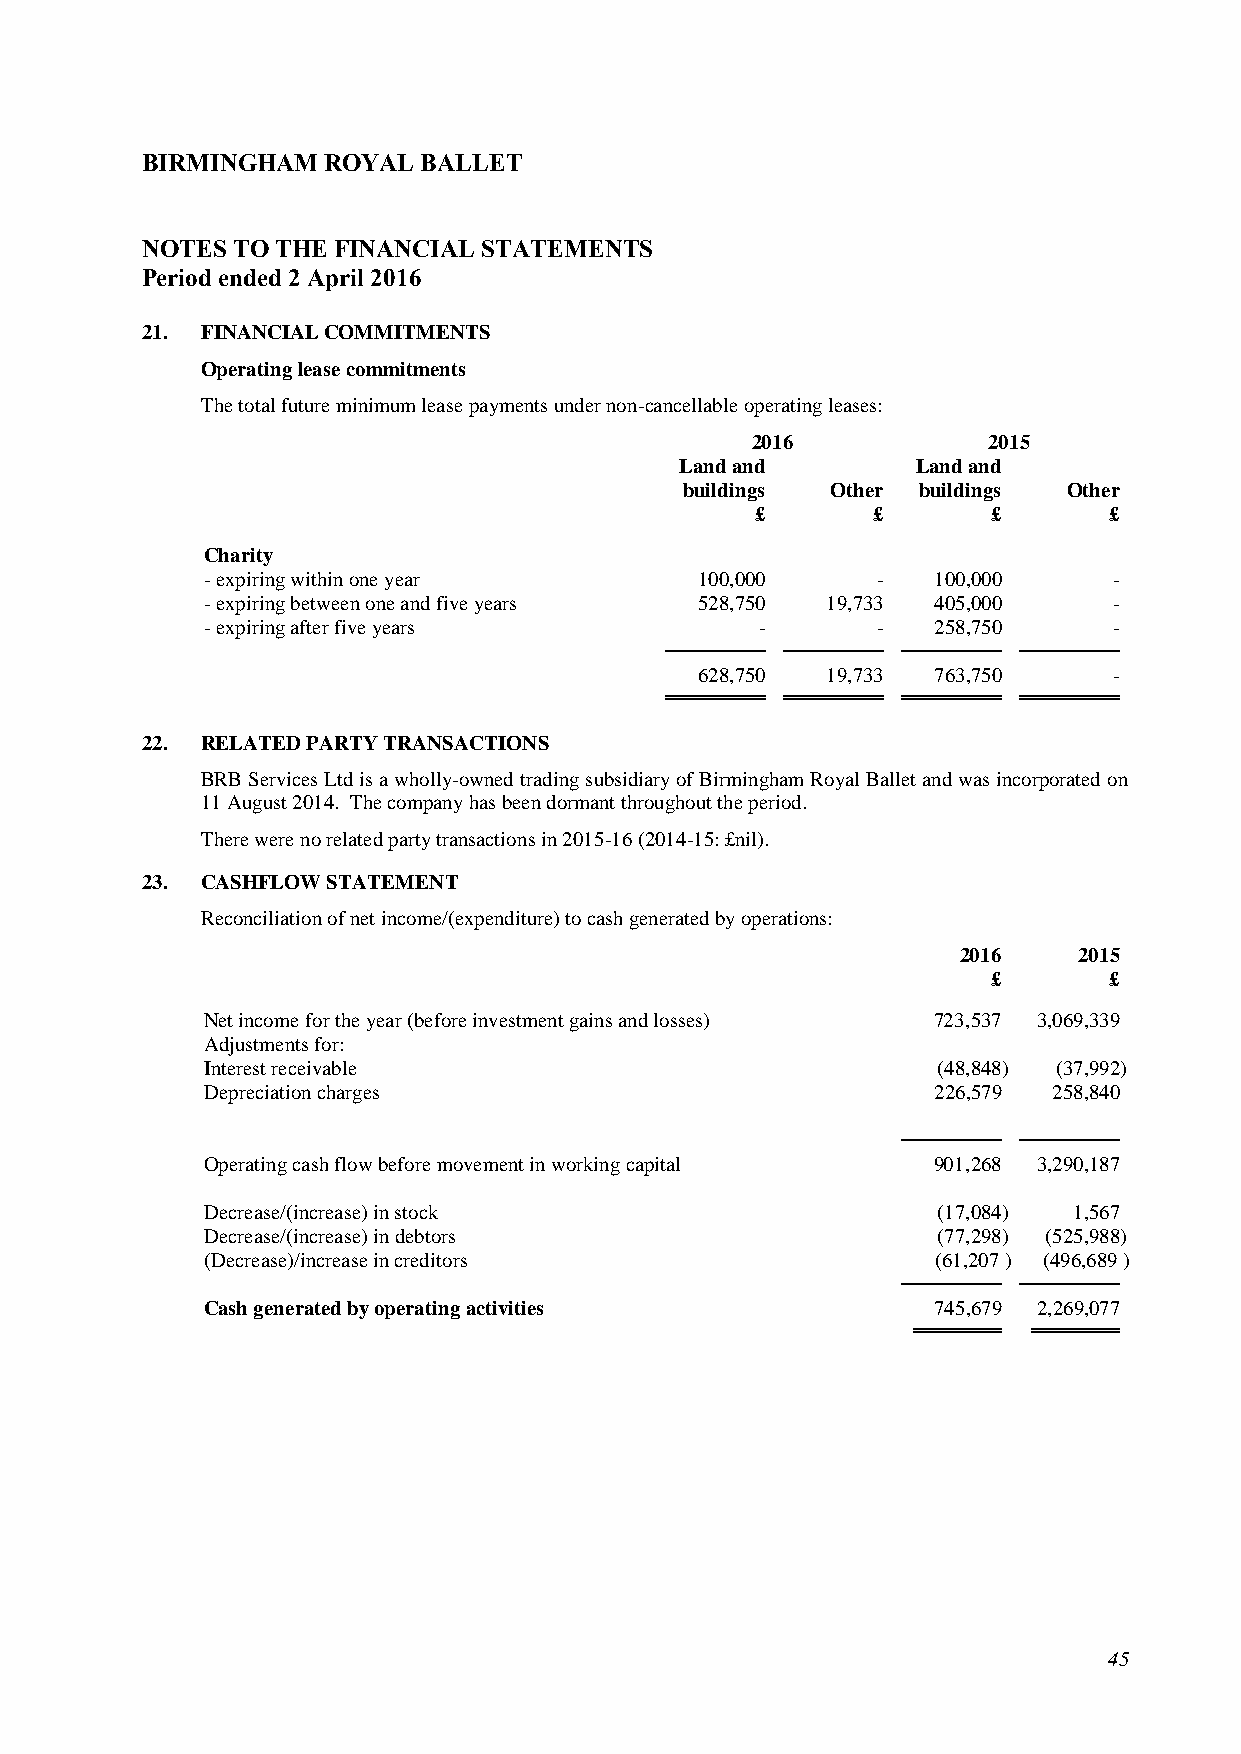
BIRMINGHAM  ROYAL  BALLET
 NOTES TO THE FINANCIAL STATEMENTS
 Period ended 2 April 2016
 21. FINANCIAL COMMITMENTS
 Operating lease commitments
 The total future minimum lease payments under non-cancellable operating leases:
 2016           2015
 Land and        Land and
 buildings Other buildings Other
 £       £       £      £
 Charity
 - expiring within one year       100,000     -   100,000     -
 - expiring between one and five years 528,750 19,733 405,000 -
 - expiring after five years          -       -   258,750     -
 628,750  19,733 763,750     -
 22. RELATED PARTY TRANSACTIONS
 BRB Services Ltd is a wholly-owned trading subsidiary of Birmingham Royal Ballet and was incorporated on
 11 August 2014. The company has been dormant throughout the period.
 There were no related party transactions in 2015-16 (2014-15: £nil).
 23. CASHFLOW STATEMENT
 Reconciliation of net income/(expenditure) to cash generated by operations:
 2016   2015
 £      £
 Net income for the year (before investment gains and losses) 723,537 3,069,339
 Adjustments for:
 Interest receivable                              (48,848) (37,992)
 Depreciation charges                             226,579 258,840
 Operating cash flow before movement in working capital 901,268 3,290,187
 Decrease/(increase) in stock                     (17,084) 1,567
 Decrease/(increase) in debtors                   (77,298) (525,988)
 (Decrease)/increase in creditors                 (61,207 ) (496,689 )
 Cash generated by operating activities           745,679 2,269,077
 45